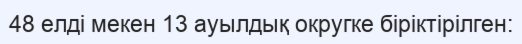
48 елді мекен 13 ауылдық округке біріктірілген: